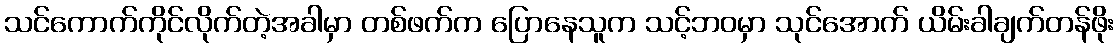
သင်ကောက်ကိုင်လိုက်တဲ့အခါမှာ တစ်ဖက်က ပြောနေသူက သင့်ဘဝမှာ သုင်အောက် ယိမ်းခါချက်တန်ဖိုး